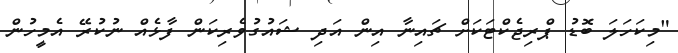
"މިކަހަލަ ބޮޑު ޕްރިޖެކްޓަކަށް ޗައިނާ އިން އަދި ޝައުގުވެރިކަން ފާޅެއް ނުކުރޭ އެމީހުން